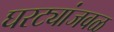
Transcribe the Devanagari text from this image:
घरट्यांजवळ